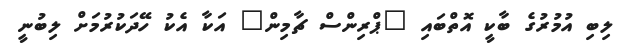
ލިބި އުމުރުގެ ބާކީ އޮތްބައި "ޕްރިންސް ޗާމިން" އަކާ އެކު ހޭދަކުރުމަށް ލިބުނީ